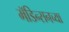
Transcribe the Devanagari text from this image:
मॅडिन्सनच्या